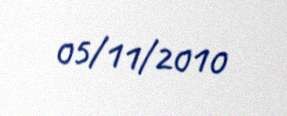
05/11/2010